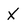
Character: X